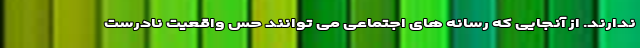
ندارند. از آنجایی که رسانه‌ های اجتماعی می‌ توانند حس واقعیت نادرست